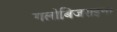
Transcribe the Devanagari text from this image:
गलोबिजराइना